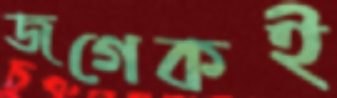
জগেকই